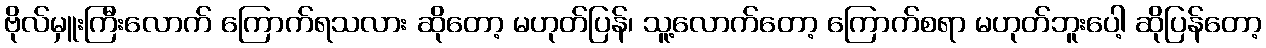
ဗိုလ်မှူးကြီးလောက် ကြောက်ရသလား ဆိုတော့ မဟုတ်ပြန်၊ သူ့လောက်တော့ ကြောက်စရာ မဟုတ်ဘူးပေါ့ ဆိုပြန်တော့